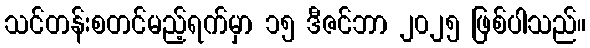
သင်တန်းစတင်မည့်ရက်မှာ ၁၅ ဒီဇင်ဘာ ၂၀၂၅ ဖြစ်ပါသည်။